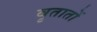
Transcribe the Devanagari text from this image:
वृतातों